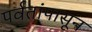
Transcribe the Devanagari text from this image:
पर्वतांपासून